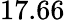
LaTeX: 17.66